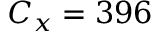
C _ { x } = 3 9 6